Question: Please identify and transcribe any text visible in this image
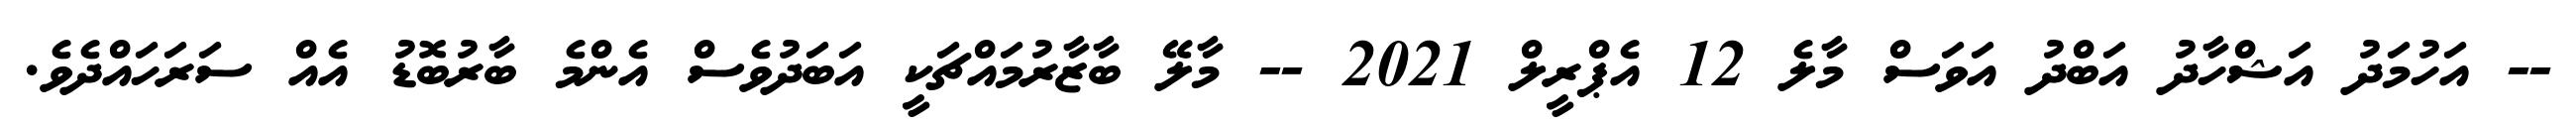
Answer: -- އަހުމަދު އަޝްހާދު އަބްދު އަވަސް މާލެ 12 އެޕްރީލް 2021 -- މާލޭ ބާޒާރުމައްޗަކީ އަބަދުވެސް އެންމެ ބާރުބޮޑު އެއް ސަރަހައްދެވެ.